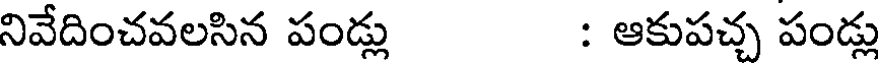
నివేదించవలసిన పండ్లు : ఆకుపచ్చ పండ్లు